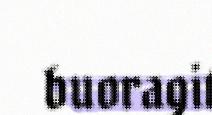
buoragit